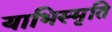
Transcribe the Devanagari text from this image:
याभिस्मृति